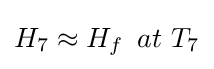
H_{7}\approx H_{f}\,\ at\ T_{7}